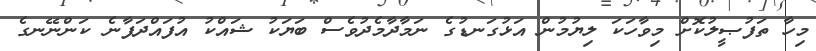
މިހާ ތަފުޞީލުކޮށް މިވާހަކަ ލިޔުމުން އަޅުގަނޑުގެ ނަމާދާމެދުވެސް ބަޔަކު ޝައްކު އުފައްދަފާނެ ކަންނޭނގެ